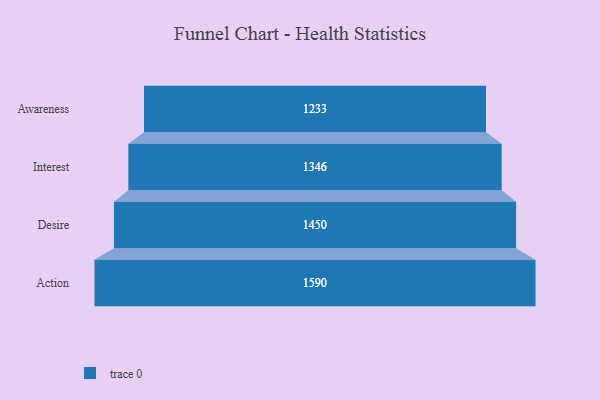
{"axis": {"x": "Stage", "y": "Value"}, "legend": [""], "data": [{"x": "Awareness", "y": 1233.0, "type": ""}, {"x": "Interest", "y": 1346.0, "type": ""}, {"x": "Desire", "y": 1450.0, "type": ""}, {"x": "Action", "y": 1590.0, "type": ""}]}